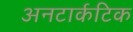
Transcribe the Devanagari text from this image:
अनटार्कटिक